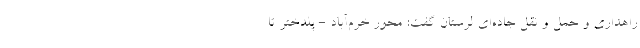
راهداری و حمل و نقل جاده‌ای لرستان گفت: محور خرم‌آباد - پلدختر تا